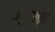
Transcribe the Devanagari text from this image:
अमुकगोत्रो